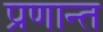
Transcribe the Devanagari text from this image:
प्रणान्त